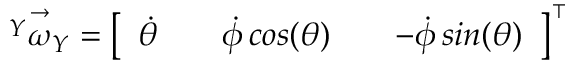
\vec { { ^ Y } \omega _ { Y } } = \left[ \begin{array} { l l l l l } { \dot { \theta } } & { } & { \dot { \phi } \, c o s ( \theta ) } & { } & { - \dot { \phi } \, s i n ( \theta ) } \end{array} \right] ^ { \intercal } { }